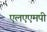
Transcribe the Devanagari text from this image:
एलएएमपी